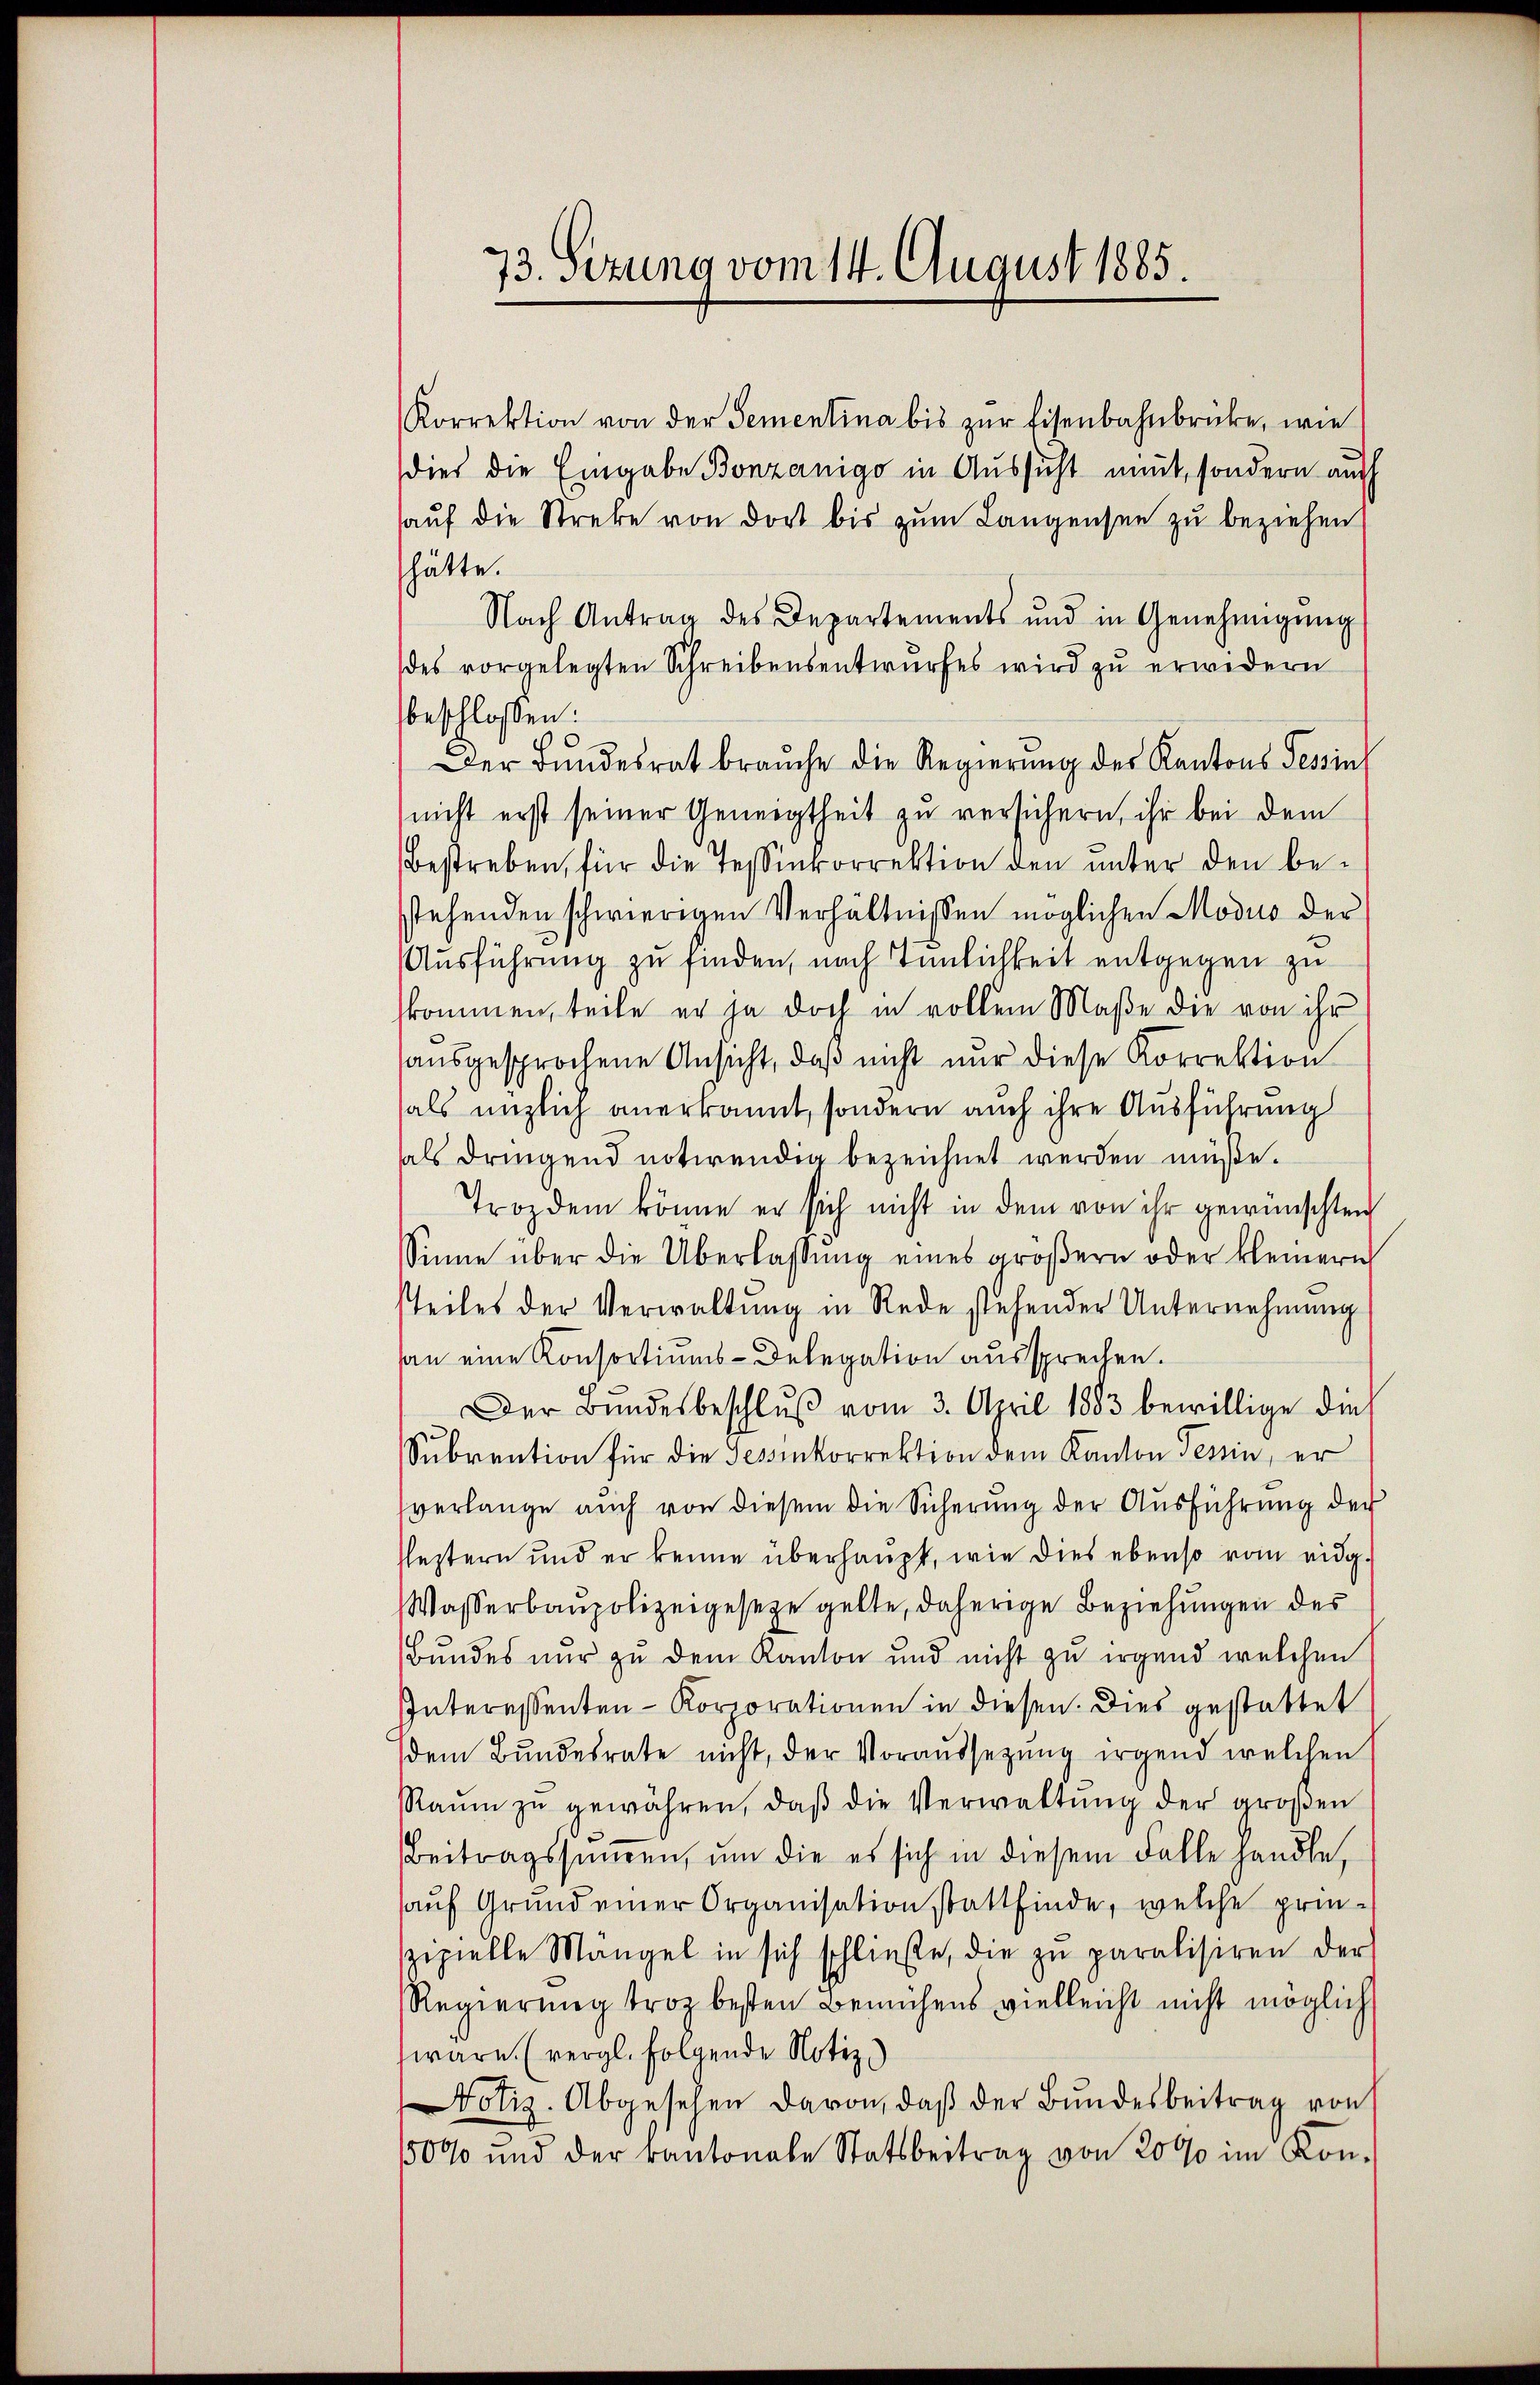
73. Sezung vom 14. August 1885.

Korrektion von der Sementina bis zŭr Eisenbahnbrücke, wie
dies die Eingabe Bonzanigo in Aussicht neut, sondern auch
aŭf die Streke von dort bis zum Langensee zu beziehen
hätte.
Nach Antrag des Departements und in Genehmigŭng
des vorgelegten Schreibensentwurfes wird zu erwidern
beschlossen:
Der Bundesrat brauche die Regierung des Kantons Tessin
nicht erst seiner Geneigtheit zu versichern, ihr bei dem
Bestreben, für die Tessinkorrektion den unter den bestehenden schwierigen Verhältnissen möglichen Modus der
Ausführung zu finden, nach Innlichkeit entgegen zu
skommen, teile er ja doch in vollem Maße die von ihr
aŭsgesprochene Ansicht, daβ nicht nur diese Korrektion
als enzlich anerkannt, sondern auch ihre Ausführung
als dringend notwendig bezeichnet werden müße.
Trozdem könne er sich nicht in dem von ihr gewünschten
Sinne über die Überlassŭng eines groβern oder kleinern
teiles der Verwaltŭng in Rede stehender Unternehmung
san eine Konsortiums-Delegation aussprechen.
Der Bŭndesbeschlŭβ vom 3. April 1883 bewillige dies
Subrention für die Sessinkorrektion dem Kanton Tessin, er
verlange auch von diesem die Sicherŭng der Aŭsführŭng der
leztern und er kenne überhaupt, wie dies ebenso vom eidg.
Wasserbaupolizeigesetze gelte, daherige Beziehungen des
Bundes nur zu dem Kanton und nicht zu irgend welchen
Interessenten-Korporationen in diesen. Dies gestattet
dem Bundesrate nicht, der Voraussetzŭng irgend welchen
Raŭm zŭ gewähren, daβ die Verwaltŭng der groβen
Beitragssummen, um die es sich in diesem Falle handle,
auf Grund einer Organisation stattfinde, welche prinzipielle Mangel in sich schließe, die zŭ paralisiren der
Regierung troz besten Bemühens vielleicht nicht möglich
wäre. (vergl. folgende Notiz
Notiz, Abgesehen davon, daß der Bundesbeitrag von
50% und der kantonale Statsbeitrag von 2000 im Kon-